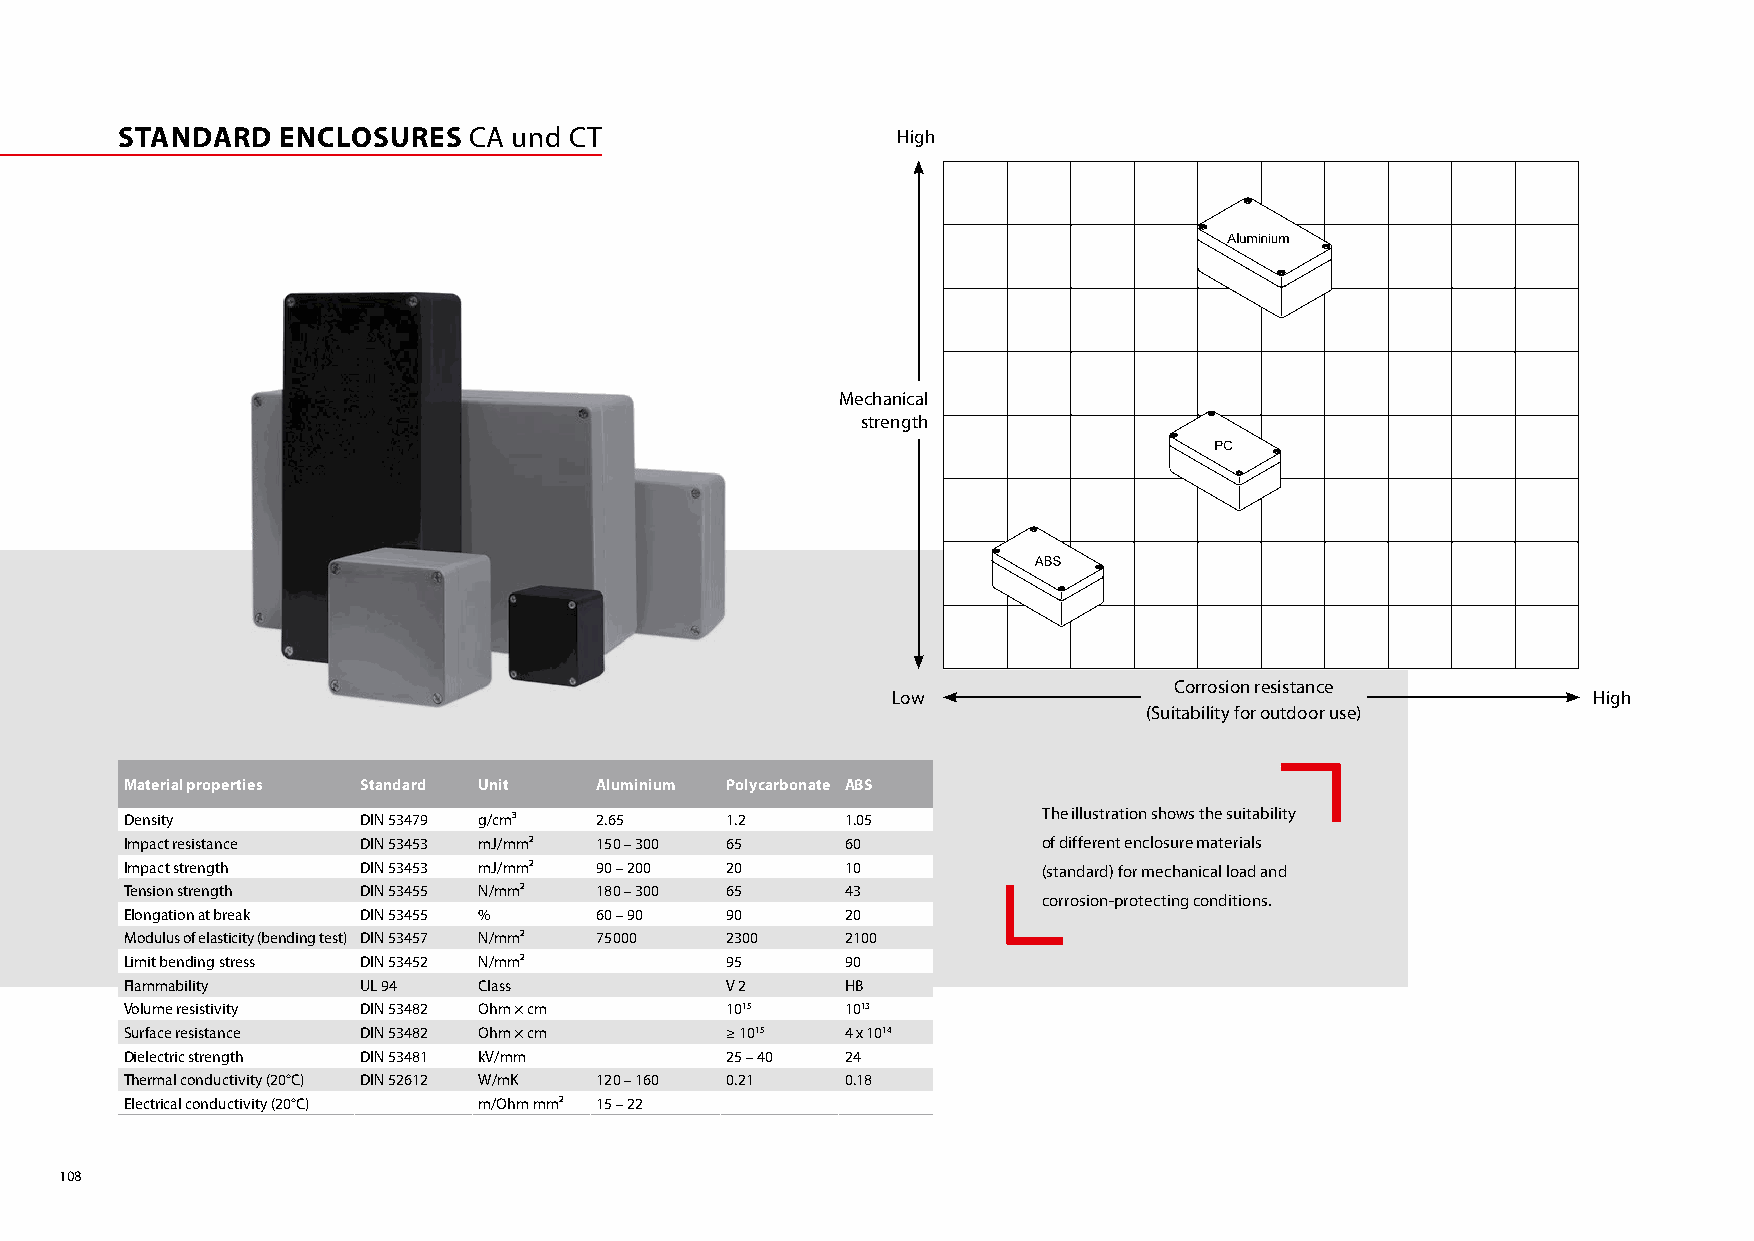
STANDARD   ENCLOSURES  CA und CT                   High
 Mechanical
 strength
 Corrosion resistance
 Low                                           High
 (Suitability for outdoor use)
 Material properties Standard Unit Aluminium Polycarbonate ABS
 The illustration shows the suitability
 Density         DIN 53479 g/cm³ 2.65    1.2     1.05
 Impact resistance DIN 53453 mJ/mm² 150 – 300 65 60           of different enclosure materials
 Impact strength DIN 53453 mJ/mm² 90 – 200 20    10           (standard) for mechanical load and
 Tension strength DIN 53455 N/mm² 180 – 300 65   43
 corrosion-protecting conditions.
 Elongation at break DIN 53455 % 60 – 90 90      20
 Modulus of elasticity (bending test) DIN 53457 N/mm² 75000 2300 2100
 Limit bending stress DIN 53452 N/mm²    95      90
 Flammability    UL 94   Class           V 2     HB
 Volume resistivity DIN 53482 Ohm × cm   1015    1013
 Surface resistance DIN 53482 Ohm × cm   ≥ 1015  4 x 1014
 Dielectric strength DIN 53481 kV/mm     25 – 40 24
 Thermal conductivity (20°C) DIN 52612 W/mK 120 – 160 0.21 0.18
 Electrical conductivity (20°C) m/Ohm mm² 15 – 22
 108